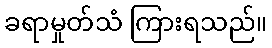
ခရာမှုတ်သံ ကြားရသည်။